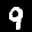
Label: 9